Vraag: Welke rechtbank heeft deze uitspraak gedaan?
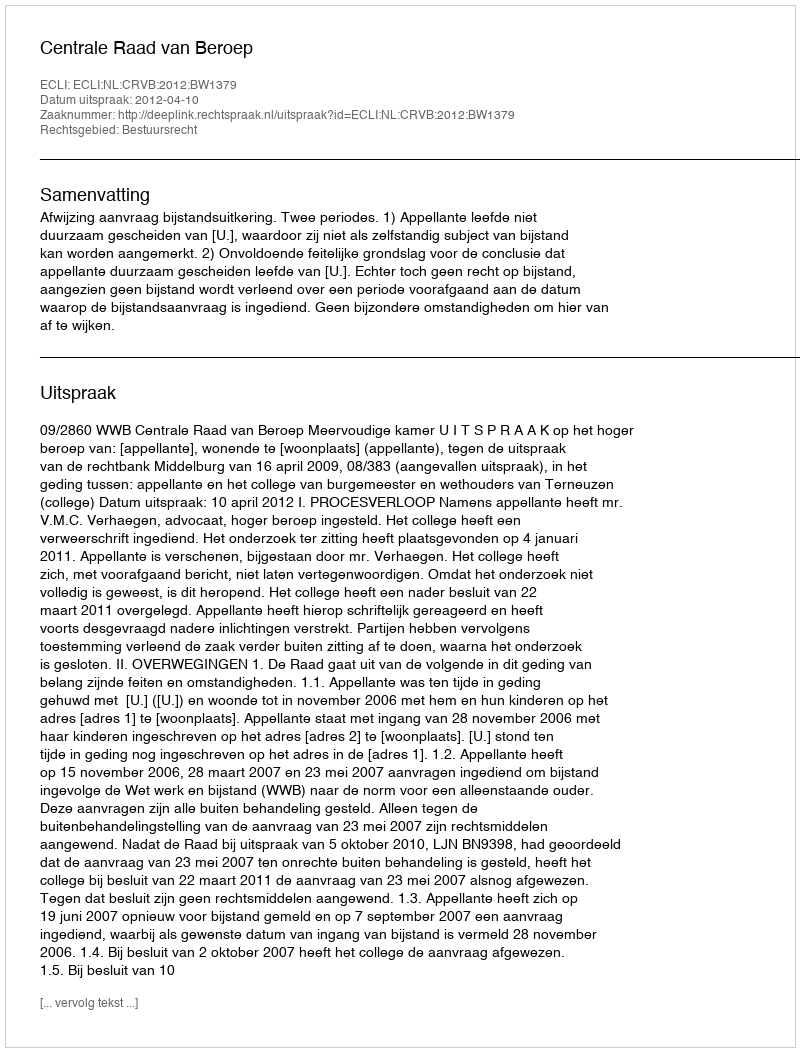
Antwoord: Centrale Raad van Beroep